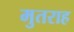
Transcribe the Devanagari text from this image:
मुतराह